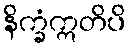
နိက္ခံဣတိပိ